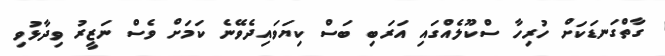
ގާތްގަނޑަކަށް ހުރިހާ ސްކޫލެއްގައި އަރަބި ބަސް ކިޔަވައިދެވޭނެ ކަމަށް ވެސް ނަޒީރު ވިދާޅުވި